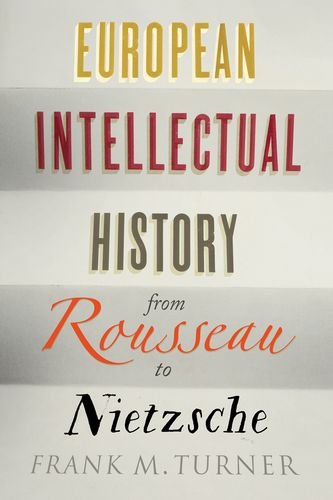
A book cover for European Intellectual History from Rousseau to Nietzsche; Frank M. Turner; Politics & Social Sciences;